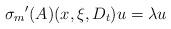
LaTeX: \begin{align*}{{\sigma}_m}^{\prime}(A)(x,\xi,D_t) u=\lambda u\end{align*}